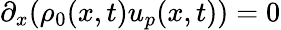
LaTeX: \partial_{x}(\rho_{0}(x,t)u_{p}(x,t))=0